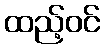
ထည့်ဝင်